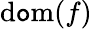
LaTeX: \operatorname{d\mathtt{o}m}(f)